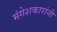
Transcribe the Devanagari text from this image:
मंगेशकारांनी